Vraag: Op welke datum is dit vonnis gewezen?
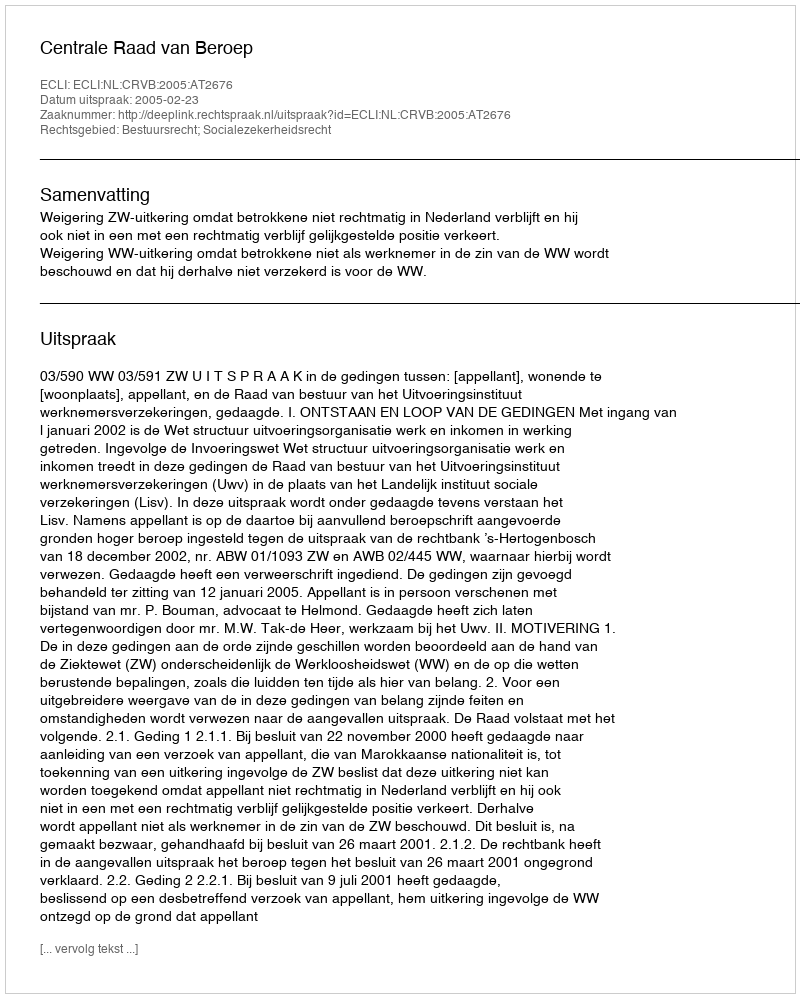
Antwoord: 2005-02-23